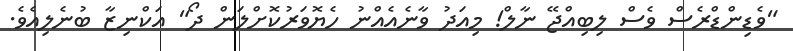
"ވެޑިންޑްރެސް ވެސް ލިބިއްޖޭ ނާލް! މިއަދު ވާނެއެއްނު ހެޔޮވަރުކޮށްލަން ދޯ" އަކްނިޒާ ބުނެލިއެވެ.